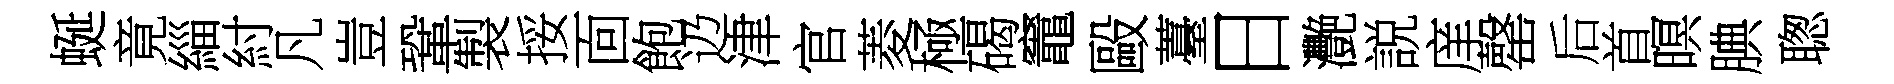
蜒竟緇紂凡豈鞏製挼靣飽辸津官菱極碣竈毆薹日灧説庠罄后首暝腆聦